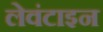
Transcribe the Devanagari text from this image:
लेवंटाइन